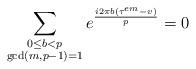
LaTeX: \begin{align*}\sum_{\substack{0\leq b< p\\\gcd(m,p-1)=1}}e^{\frac{i2\pi b(\tau^{em}-v)}{p}} =0\end{align*}